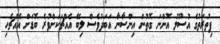
ފިތުރަތުގެ އުސޫލު އޮންނަ ގޮތުން އިންސާނާ އަބަދުވެސް ލިބޭ އެއްޗަކަށްވުރެ ބޮޑަށް އެއްޗެހި